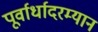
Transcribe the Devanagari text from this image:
पूर्वार्धादरम्यान